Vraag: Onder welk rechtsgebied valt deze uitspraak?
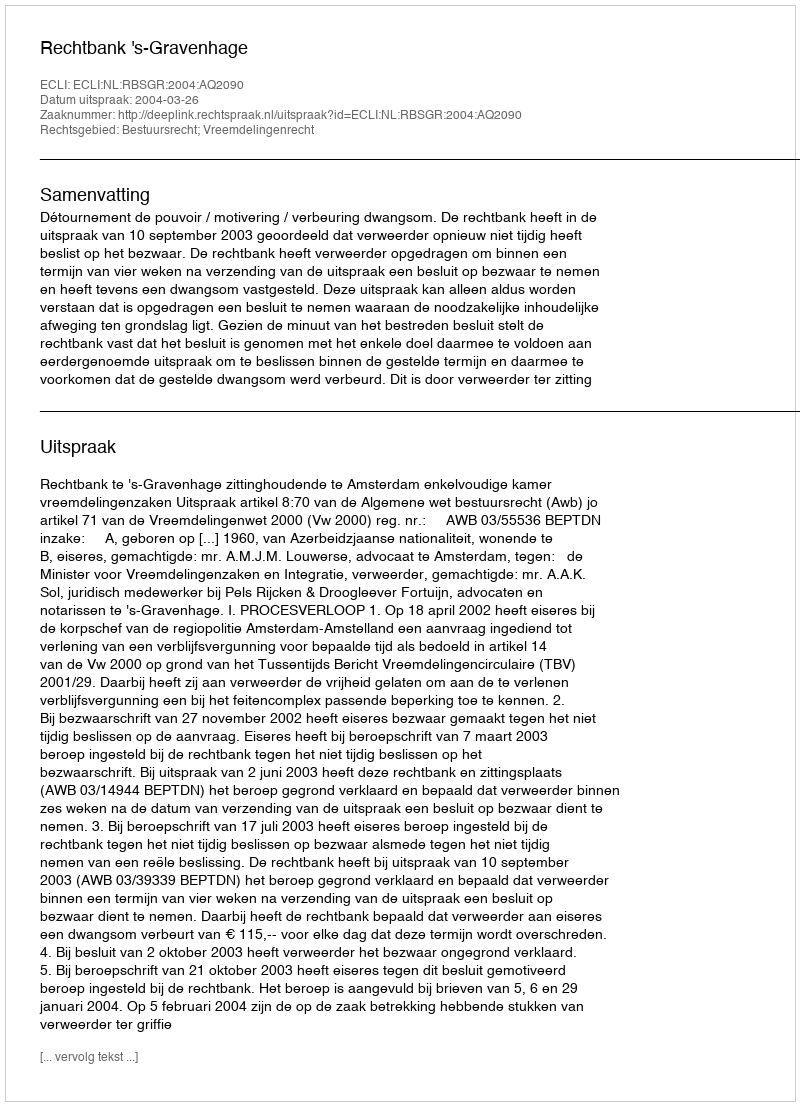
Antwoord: Bestuursrecht; Vreemdelingenrecht